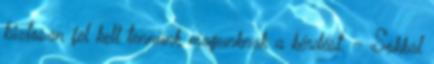
biztosan fel kell tennünk magunknak a kérdést. – Sokkal